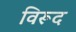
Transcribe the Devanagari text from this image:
विरूद